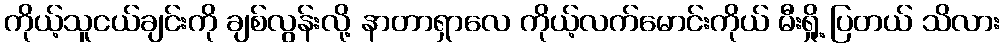
ကိုယ့်သူငယ်ချင်းကို ချစ်လွန်းလို့ နာတာရှာလေ ကိုယ့်လက်မောင်းကိုယ် မီးရှို့ ပြတယ် သိလား